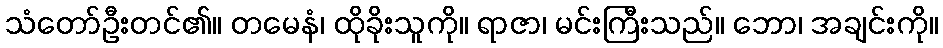
သံတော်ဦးတင်၏။ တမေနံ၊ ထိုခိုးသူကို။ ရာဇာ၊ မင်းကြီးသည်။ ဘော၊ အချင်းကို။